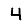
Digit: 4